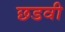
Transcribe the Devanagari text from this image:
छडवी